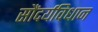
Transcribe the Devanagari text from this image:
सौंदर्यविधान